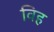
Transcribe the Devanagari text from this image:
विह